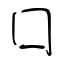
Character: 囗